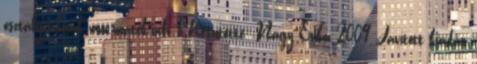
osztályosoknak www.matek.info 1 Készítette: Nagy Erika 2009 Javított kiadás